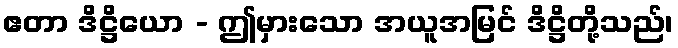
ဧတာ ဒိဋ္ဌိယော - ဤမှားသော အယူအမြင် ဒိဋ္ဌိတို့သည်၊